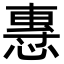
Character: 𢞯